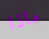
ماذا